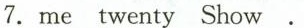
7.me twenty Show.